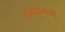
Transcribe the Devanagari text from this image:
इन्नयोरातो